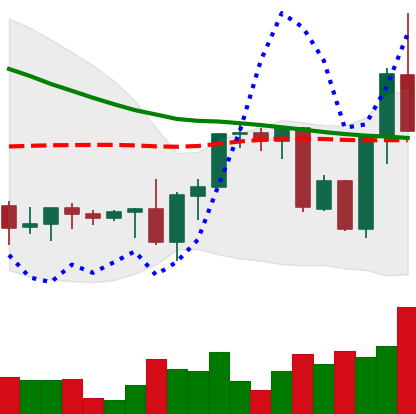
Ticker: XRP-USD
Chart end date: 2022-09-18
Forward return: 41.54%
Label: up_7plus